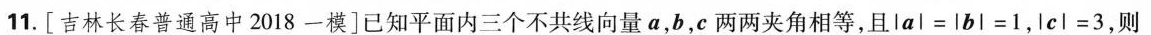
11.[吉林长春普通高中2018一模]已知平面内三个不共线向量a，b，c两两夹角相等，且$$l a l = l b l = 1$$，$$l c l = 3$$，则